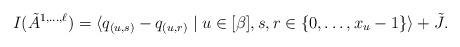
LaTeX: \begin{align*}I(\tilde{A}^{1,\dots,\ell}) = \langle q_{(u,s)} - q_{(u,r)} \mid u \in [\beta], s,r \in \{0,\dots,x_u-1\} \rangle + \tilde{J}.\end{align*}